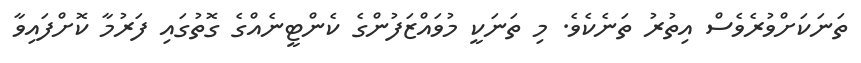
ތަނަކަށްވުރެވެސް އިތުރު ތަނެކެވެ. މި ތަނަކީ މުވައްޒަފުންގެ ކެންޓީނެއްގެ ގޮތުގައި ފަރުމާ ކޮށްފައިވާ